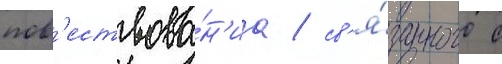
пов'ествова́н'иа / св'я́занного с